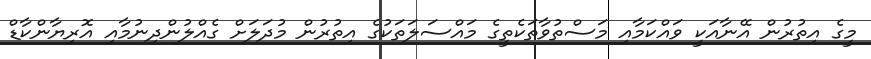
މީގެ އިތުރުން އޭނާއަކީ ވައްކަމާއި މަސްތުވާތަކެތީގެ މައްސަލަތަކުގެ އިތުރުން މުދަލަށް ގެއްލުންދިނުމާއި އޮރިޔާންކާޑް